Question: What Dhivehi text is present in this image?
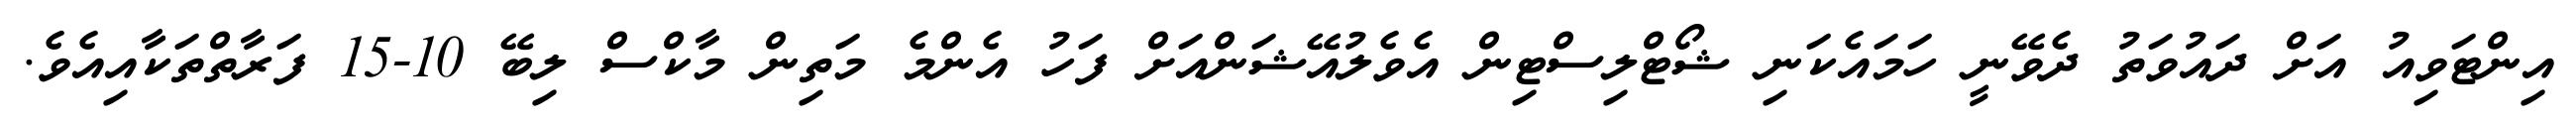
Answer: އިންޓަވިއު އަށް ދައުވަތު ދެވޭނީ ހަމައެކަނި ޝޯޓްލިސްޓިން އެވެލުއޭޝަންއަށް ފަހު އެންމެ މަތިން މާކްސް ލިބޭ 10-15 ފަރާތްތަކާއިއެވެ.